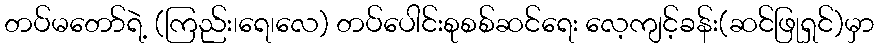
တပ်မတော်ရဲ့ (ကြည်း၊ရေ၊လေ) တပ်ပေါင်းစုစစ်ဆင်ရေး လေ့ကျင့်ခန်း(ဆင်ဖြုရှင်)မှာ